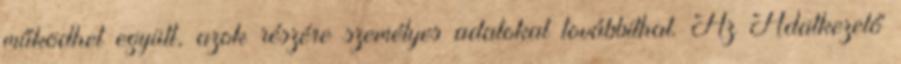
működhet együtt, azok részére személyes adatokat továbbíthat. Az Adatkezelő